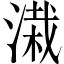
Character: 溨